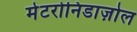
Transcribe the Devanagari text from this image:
मेटरोनिडाज़ोल